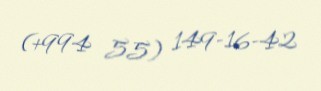
(+994 55) 149-16-42